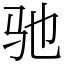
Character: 驰